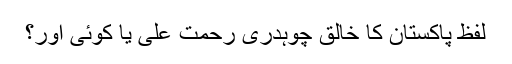
لفظ پاکستان کا خالق چوہدری رحمت علی یا کوئی اور؟